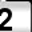
Digit: 2